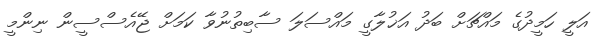
އަލީ ހަމީދުގެ މައްޗަށް ބަދު އަޚުލާގީ މައްސަލަ ސާބިތުނުވާ ކަމަށް ޖޭއެސްސީން ނިންމީ